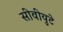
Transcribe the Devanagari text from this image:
सीवीयुटे